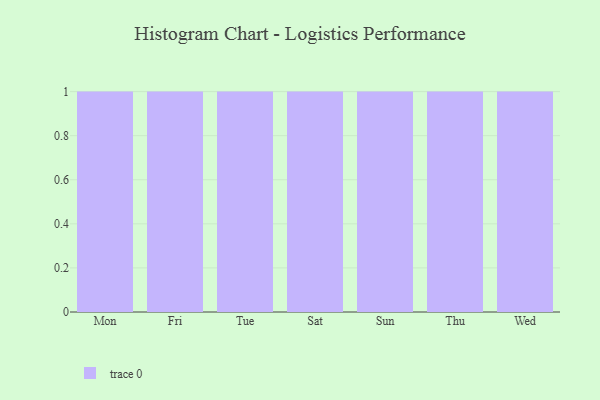
{"axis": {"x": "Day", "y": "Shipments"}, "legend": [""], "data": [{"x": "Mon", "y": 18, "type": ""}, {"x": "Fri", "y": 53, "type": ""}, {"x": "Tue", "y": 17, "type": ""}, {"x": "Sat", "y": 70, "type": ""}, {"x": "Sun", "y": 75, "type": ""}, {"x": "Thu", "y": 39, "type": ""}, {"x": "Wed", "y": 57, "type": ""}]}